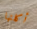
أكلتها